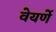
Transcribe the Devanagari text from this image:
वेयर्णे